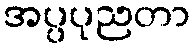
အပ္ပပုညတာ